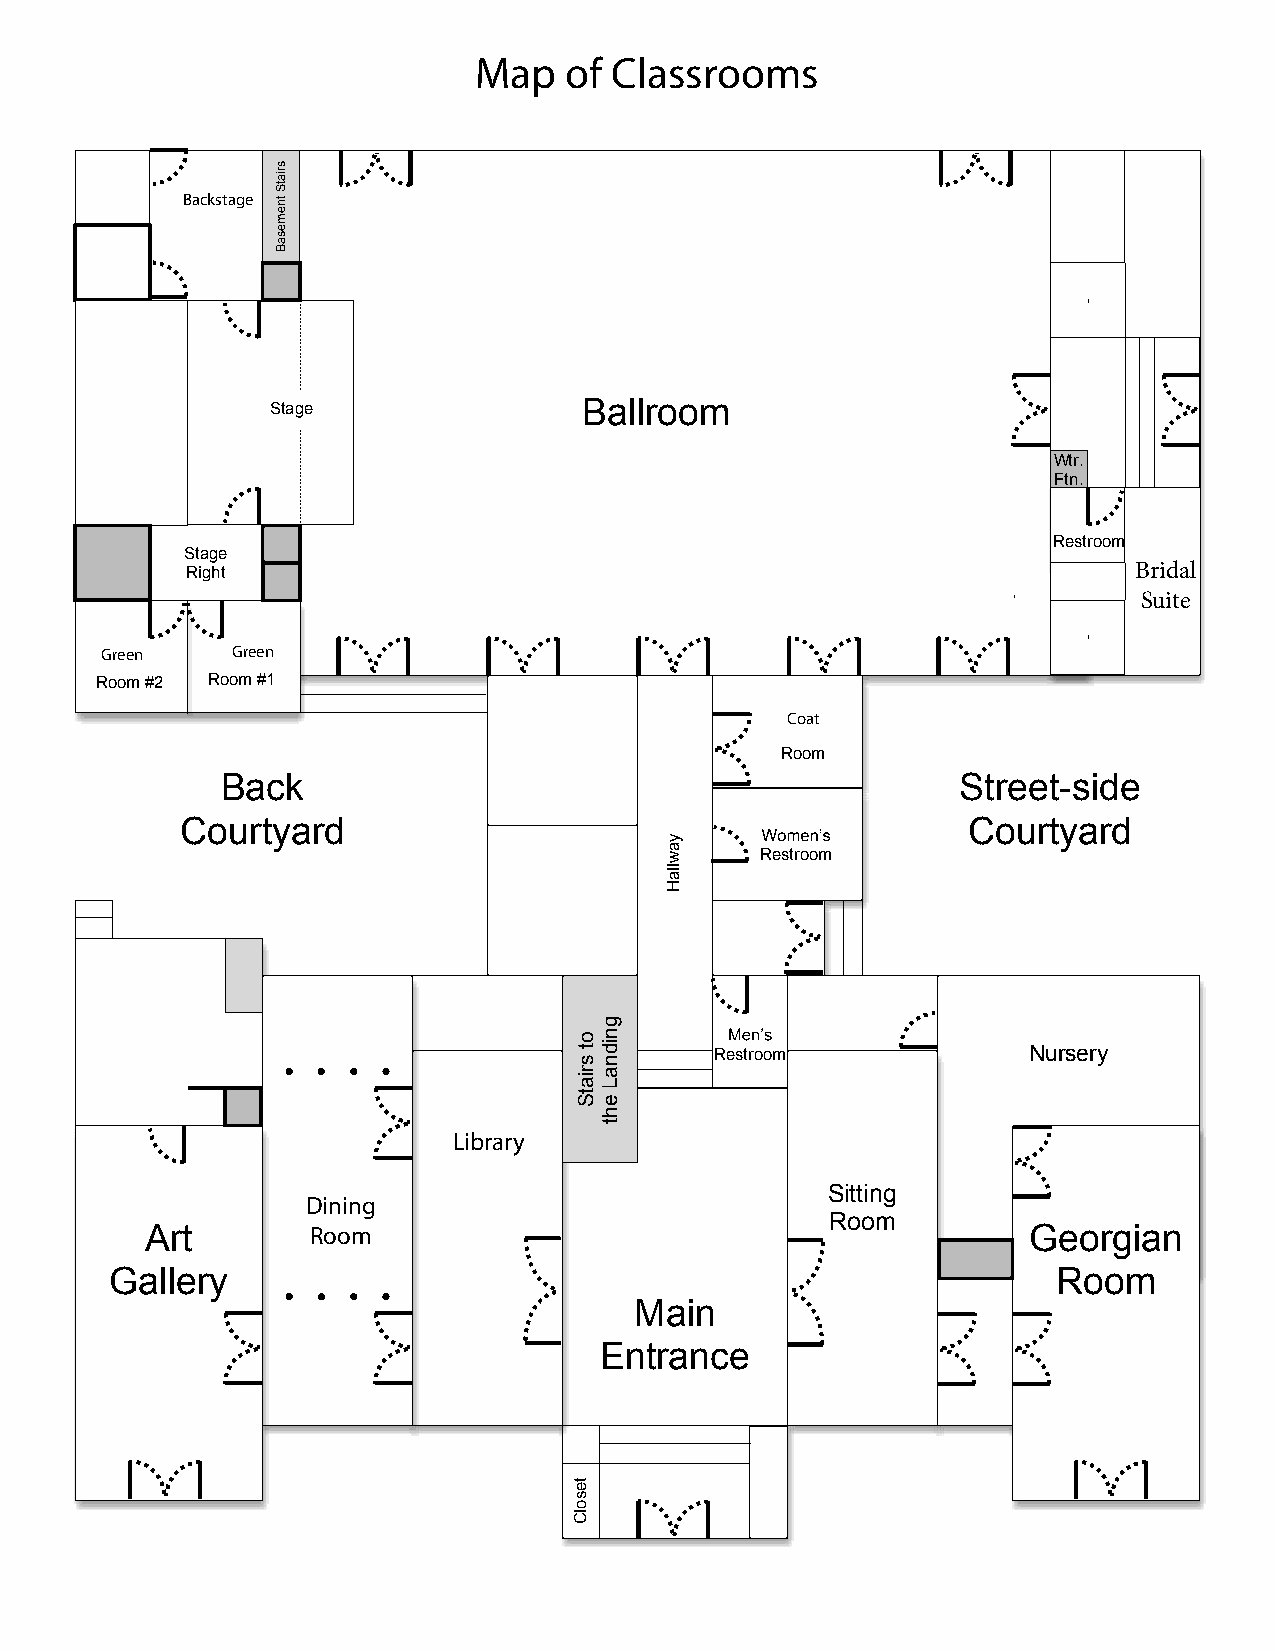
Map   of Classrooms
 Backstage
 Stage                Ballroom
 Wtr.
 Ftn.
 Restroom
 Stage
 Right                                                          Bridal
 Suite
 Green   Green
 Room #2 Room #1
 Coat
 Room
 Back                                             Street-side
 Courtyard                                           Courtyard
 Restroom
 Restroom             Nursery
 Library
 Sitting
 Dining
 Room
 Art        Room                                           Georgian
 Gallery                                                        Room
 Main
 Entrance
 sriatS
 tnemesaB
 ot
 sriatS
 tesolC
 gnidnaL
 eht
 yawllaH